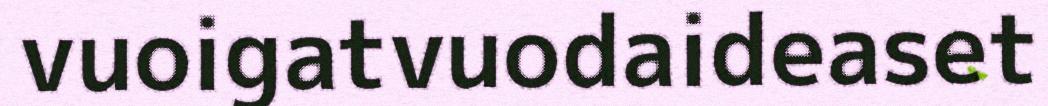
vuoigatvuodaideaset